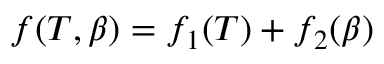
f ( T , \beta ) = f _ { 1 } ( T ) + f _ { 2 } ( \beta )